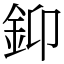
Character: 䤝